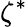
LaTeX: \zeta^{\ast}